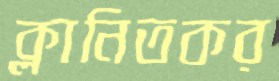
ক্লানিতকর